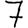
Digit: 7